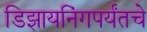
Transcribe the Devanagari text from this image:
डिझायनिंगपर्यंतचे